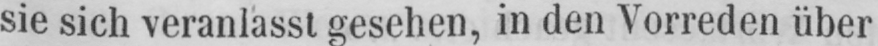
sie sich veranlasst gesehen, in den Vorreden über